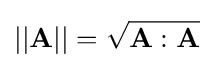
||{\mathbf {A}}||={\sqrt {{\mathbf {A}}:{\mathbf {A}}}}